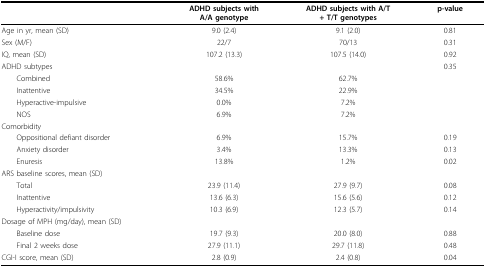
|  | ADHD subjects withA/A genotype | ADHD subjects with A/T+ T/T genotypes | p-value |
 | --- | --- | --- | --- |
 | Age in yr, mean (SD) | 9.0 (2.4) | 9.1 (2.0) | 0.81 |
 | Sex (M/F) | 22/7 | 70/13 | 0.31 |
 | IQ, mean (SD) | 107.2 (13.3) | 107.5 (14.0) | 0.92 |
 | ADHD subtypes |  |  | 0.35 |
 | Combined | 58.6% | 62.7% |  |
 | Inattentive | 34.5% | 22.9% |  |
 | Hyperactive-impulsive | 0.0% | 7.2% |  |
 | NOS | 6.9% | 7.2% |  |
 | Comorbidity |  |  |  |
 | Oppositional defiant disorder | 6.9% | 15.7% | 0.19 |
 | Anxiety disorder | 3.4% | 13.3% | 0.13 |
 | Enuresis | 13.8% | 1.2% | 0.02 |
 | ARS baseline scores, mean (SD) |  |  |  |
 | Total | 23.9 (11.4) | 27.9 (9.7) | 0.08 |
 | Inattentive | 13.6 (6.3) | 15.6 (5.6) | 0.12 |
 | Hyperactivity/impulsivity | 10.3 (6.9) | 12.3 (5.7) | 0.14 |
 | Dosage of MPH (mg/day), mean (SD) |  |  |  |
 | Baseline dose | 19.7 (9.3) | 20.0 (8.0) | 0.88 |
 | Final 2 weeks dose | 27.9 (11.1) | 29.7 (11.8) | 0.48 |
 | CGI-I score, mean (SD) | 2.8 (0.9) | 2.4 (0.8) | 0.04 |